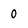
Character: 0